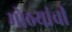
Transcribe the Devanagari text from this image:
मोठयांची